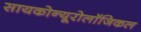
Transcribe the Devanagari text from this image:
सायकोन्यूरोलॉजिकल